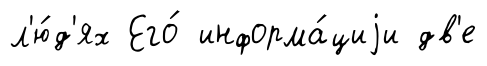
л'ю́д'ях Его́ информа́циjи дв'е